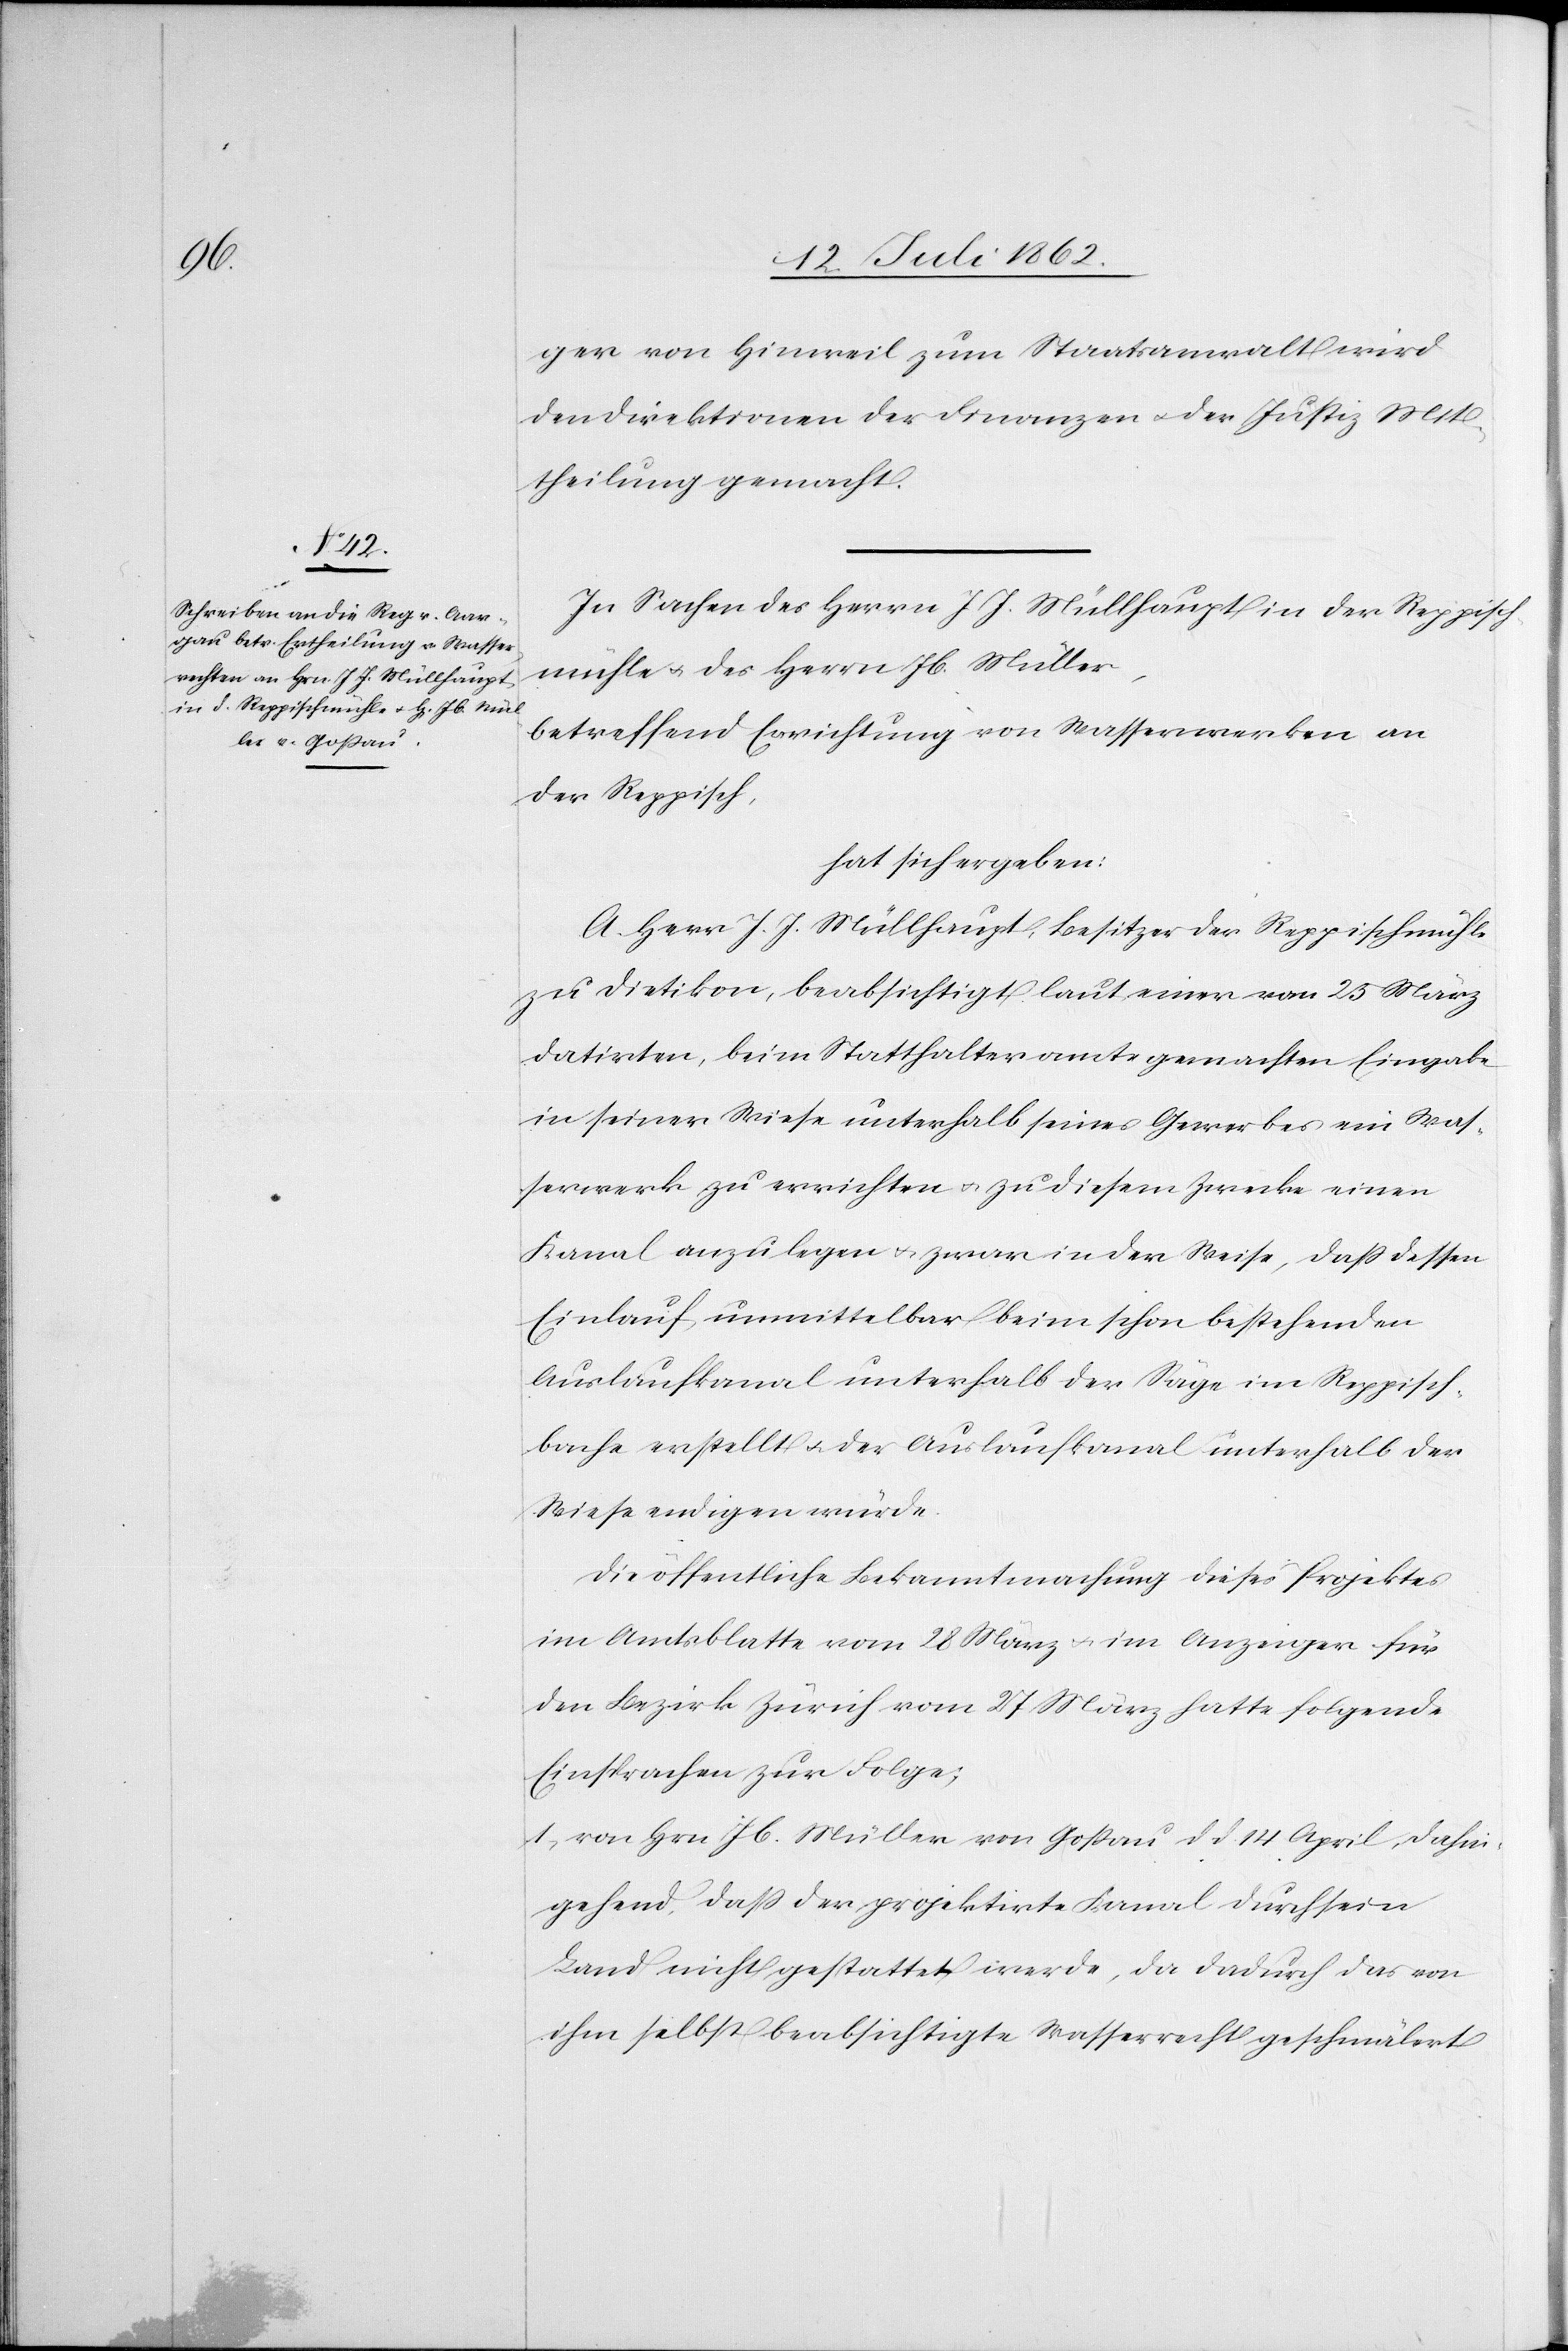
ger von Hinweil zum Staatsanwalt wird
den Direktionen der Finanzen u. der Justiz Mit¬
theilung gemacht.
In Sachen des Herrn J. J. Müllhaupt in der Reppisch¬
mühle u. des Herrn Jb. Müller,
betreffend Errichtung von Wasserwerken an
der Reppisch,
hat sich ergeben:
A. Herr J. J. Müllhaupt, Besitzer der Reppischmühle
zu Dietikon, beabsichtigt laut einer vom 25. März
datirten, beim Statthalteramte gemachten Eingabe
in seiner Wiese unterhalb seines Gewerbes ein Was¬
serwerk zu errichten u. zu diesem Zwecke einen
Kanal anzulegen u. zwar in der Weise, daß dessen
Einlauf unmittelbar beim schon bestehenden
Auslaufkanal unterhalb der Säge im Reppisch¬
bache erstellt u. der Auslaufkanal unterhalb der
Wiese endigen würde.
Die öffentliche Bekanntmachung dieses Projektes
im Amtsblatte vom 28 März u. im Anzeiger für
den Bezirk Zürich vom 27. März hatte folgende
Einsprachen zur Folge;
1. von Hrn. Jb. Müller von Goßau d. d. 14. April, dahin
gehend, daß der projektirte Kanal durch sein
Land nicht gestattet werde, da dadurch das von
ihm selbst beabsichtigte Wasserrecht geschmälert